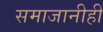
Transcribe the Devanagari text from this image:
समाजानीही